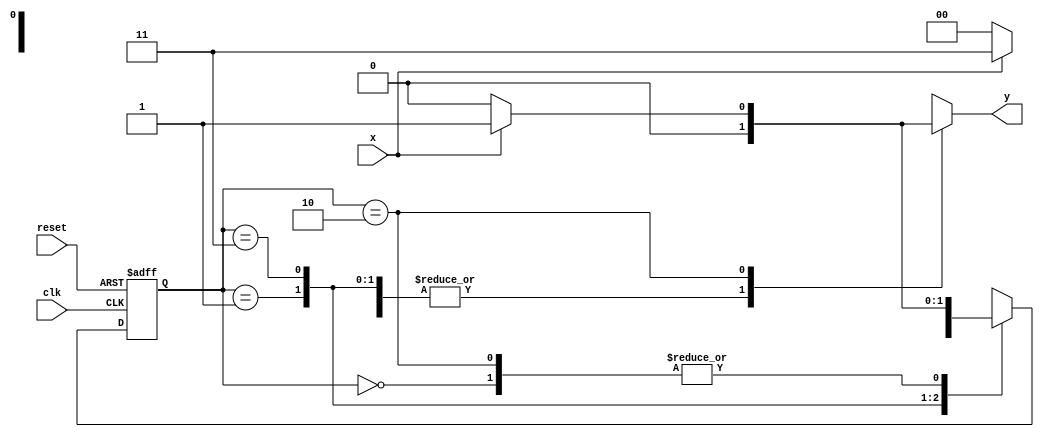
/*
Nome: Henrique Augusto Rodrigues
Matricula: 675263
Turno: Tarde
Guia 11
Mealy_101.v
*/

// Mealy FSM

//constant definitions
`define found 1
`define notfound 0

//FSM
module mealy_1101 (y, x, clk, reset);
output y;
input x;
input clk;
input reset;

reg y;

parameter    //state identifiers
start = 2'b00,
id1   = 2'b01,
id11  = 2'b11,
id110 = 2'b10;

reg[1:0] E1;//current state variables
reg[1:0] E2;//next state logic output

//next state logic
always @(x or E1)
begin
  y=`notfound;

  case (E1)
  start:
    if (x)
      E2 = id1;
      else
      E2 = start;
  id1:
    if (x)
      E2 = id11;
    else
      E2 = start;
  id11:
    if(x)
      E2 = id11;
    else
      E2 = id110;
  id110:
    if (x)
      begin
      E2 = id1;
      y = `found;
      end
    else
      begin
        E2 = start;
        y = `notfound;
      end
  default: //undefined state
    E2 = 2'bxx;
  endcase
end //always at signal or state changing

//state variables
always @ ( posedge clk or negedge reset )
  begin
  if (reset)
    E1=E2; //updates current state
  else
    E1=0; //reset
  end //always at signal changing

endmodule //Mealy_1101